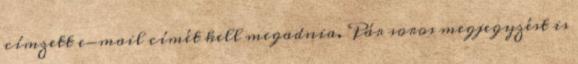
címzett e-mail címét kell megadnia. Pár soros megjegyzést is